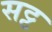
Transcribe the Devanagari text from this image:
सट्ट